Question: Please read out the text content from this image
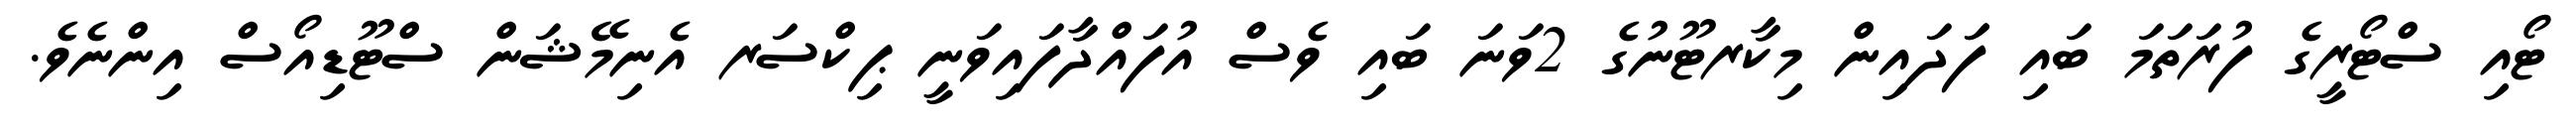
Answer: ޓޯއި ސްޓޯރީގެ ފުރަތަމަ ބައި ފަަދައިން މިކާރޓޫނުގެ 2ވަނަ ބައި ވެސް އުފައްދާފައިވަނީ ޕިކްސަރ އެނިމޭޝަން ސްޓޫޑިއޯސް އިންނެވެ.